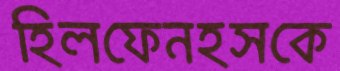
হিলফেনহসকে